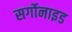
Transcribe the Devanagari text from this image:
सर्गोनाइड